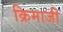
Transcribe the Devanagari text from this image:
क्रिमाजी